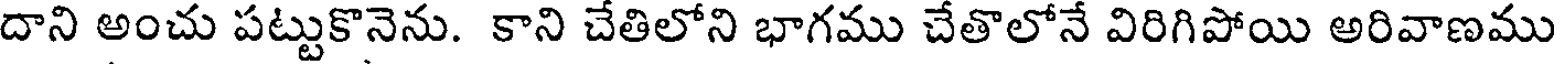
దాని అంచు పట్టుకొనెను. కాని చేతిలోని భాగము చేతొలోనే విరిగిపోయి అరివాణము